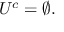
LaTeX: U ^ { c } = \varnothing .